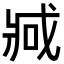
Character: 𫻶